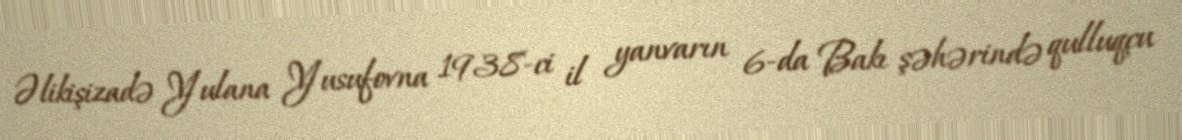
Əlikişizadə Yulana Yusufovna 1938-ci il yanvarın 6-da Bakı şəhərində qulluqçu